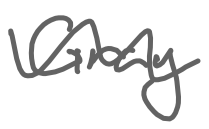
Text: Gray
Cross-out: wave
Writing tool: digital_gray